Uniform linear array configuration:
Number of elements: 12
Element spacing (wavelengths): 0.5
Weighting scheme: exponential
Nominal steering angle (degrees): -30
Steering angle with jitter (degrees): -31.531
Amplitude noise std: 0.05
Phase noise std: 0.05

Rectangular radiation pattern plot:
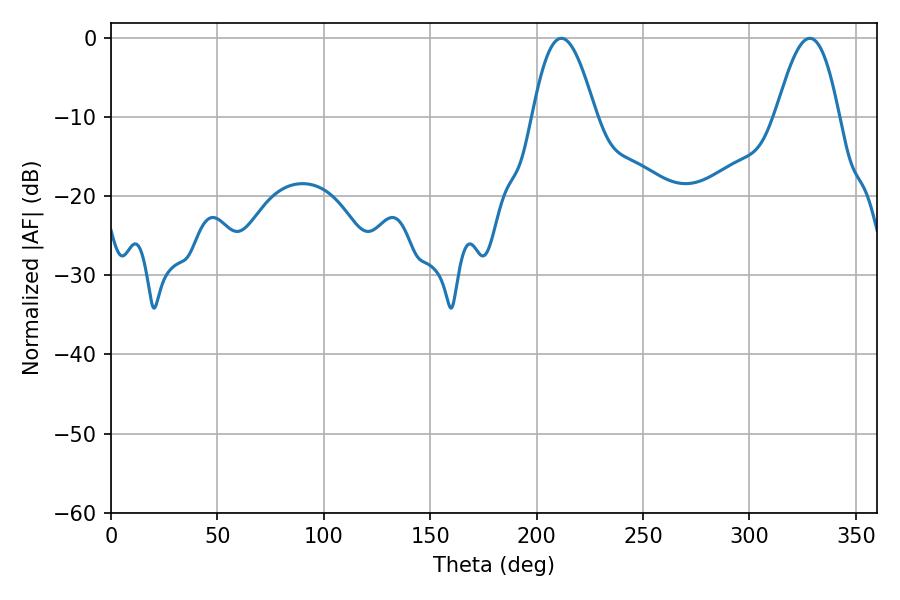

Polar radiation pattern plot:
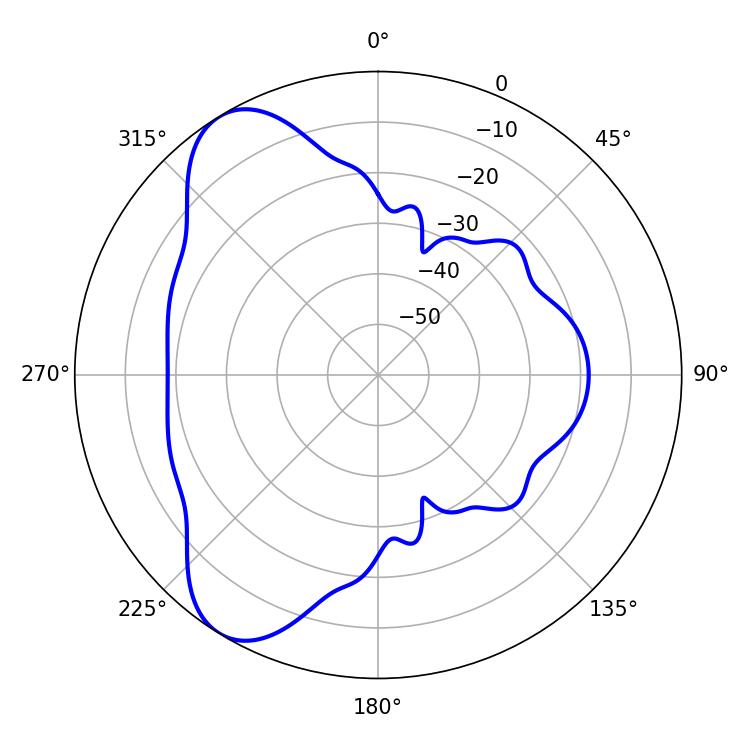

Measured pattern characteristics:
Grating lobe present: FALSE
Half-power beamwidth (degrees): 16.2
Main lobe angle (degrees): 211.68